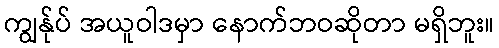
ကျွန်ုပ် အယူဝါဒမှာ နောက်ဘဝဆိုတာ မရှိဘူး။